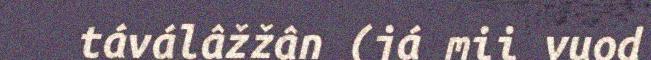
táválâžžân (já mii vuod